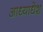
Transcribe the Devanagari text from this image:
आध्याधेश